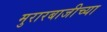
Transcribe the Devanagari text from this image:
मुरारबाजीच्या